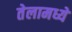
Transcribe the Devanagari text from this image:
तेलामध्ये